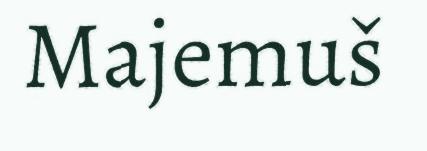
Majemuš